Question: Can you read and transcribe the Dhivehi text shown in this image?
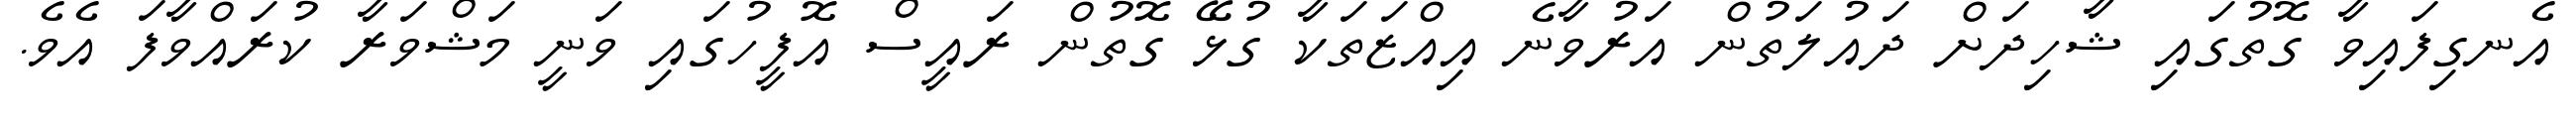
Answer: އެނގިފައިވާ ގޮތުގައި ޝާހިދަށް ދައުލަތުން އަރުވާނެ އިއްޒަތަކާ ގުޅޭ ގޮތުން ރައީސް އޮފީހުގައި ވަނީ މަޝްވަރާ ކުރައްވާފަ އެވެ.